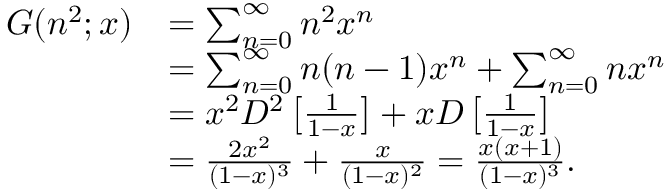
{ \begin{array} { r l } { G ( n ^ { 2 } ; x ) } & { = \sum _ { n = 0 } ^ { \infty } n ^ { 2 } x ^ { n } } \\ & { = \sum _ { n = 0 } ^ { \infty } n ( n - 1 ) x ^ { n } + \sum _ { n = 0 } ^ { \infty } n x ^ { n } } \\ & { = x ^ { 2 } D ^ { 2 } \left[ { \frac { 1 } { 1 - x } } \right] + x D \left[ { \frac { 1 } { 1 - x } } \right] } \\ & { = { \frac { 2 x ^ { 2 } } { ( 1 - x ) ^ { 3 } } } + { \frac { x } { ( 1 - x ) ^ { 2 } } } = { \frac { x ( x + 1 ) } { ( 1 - x ) ^ { 3 } } } . } \end{array} }